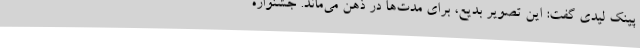
پینک لیدی گفت: این تصویر بدیع، برای مدت‌ها در ذهن می‌ماند. جشنواره